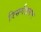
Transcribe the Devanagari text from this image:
निसर्गभ्रमण